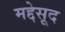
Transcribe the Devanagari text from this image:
मद्देसूद